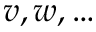
v , w , \dots